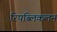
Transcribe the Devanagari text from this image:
रिपब्लिकलन